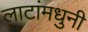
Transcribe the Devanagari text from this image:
लाटांमधुनी